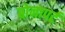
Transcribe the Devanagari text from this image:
बोनापर्ट